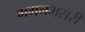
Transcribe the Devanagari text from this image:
गगनभरारी